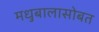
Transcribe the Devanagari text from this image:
मधुबालासोबत